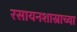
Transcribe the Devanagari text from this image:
रसायनशास्राच्या